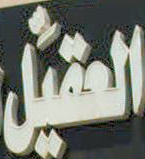
العقيل